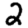
Digit: 2